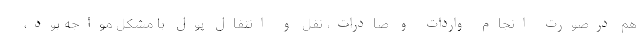
هم درصورت انجام واردات و صادرات، نقل و انتقال پول با مشکل مواجه بود،